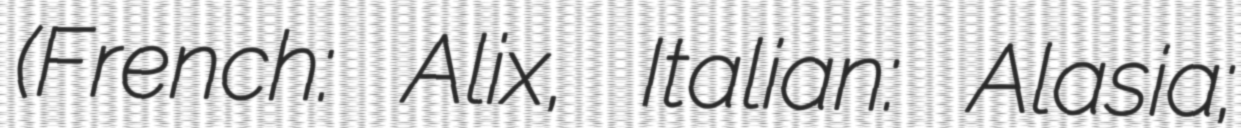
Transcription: (French: Alix, Italian: Alasia;